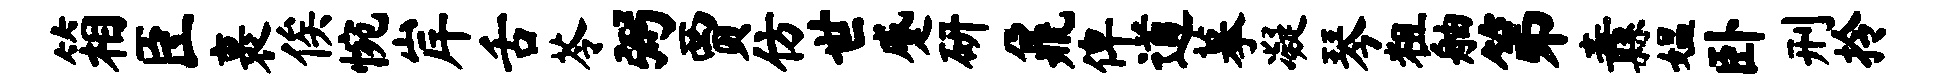
箱臣裹俟惋岸舌苓弼贾仿世蹙研鼐俾道摹凝琴粗舳第纛媪卧刑拎